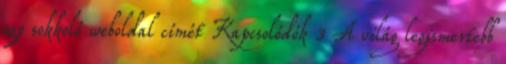
egy sokkoló weboldal címét Kapcsolódók 3 A világ legismertebb